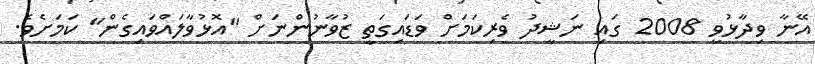
އޭނާ ވިދާޅުވީ 2008 ގައި ނަޝީދު ވެރިކަމަށް ވަޑައިގަތީ ޒުވާނުންނަށް "އޮޅުވާލައްވައިގެން" ކަމަށެވެ.